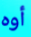
أوه